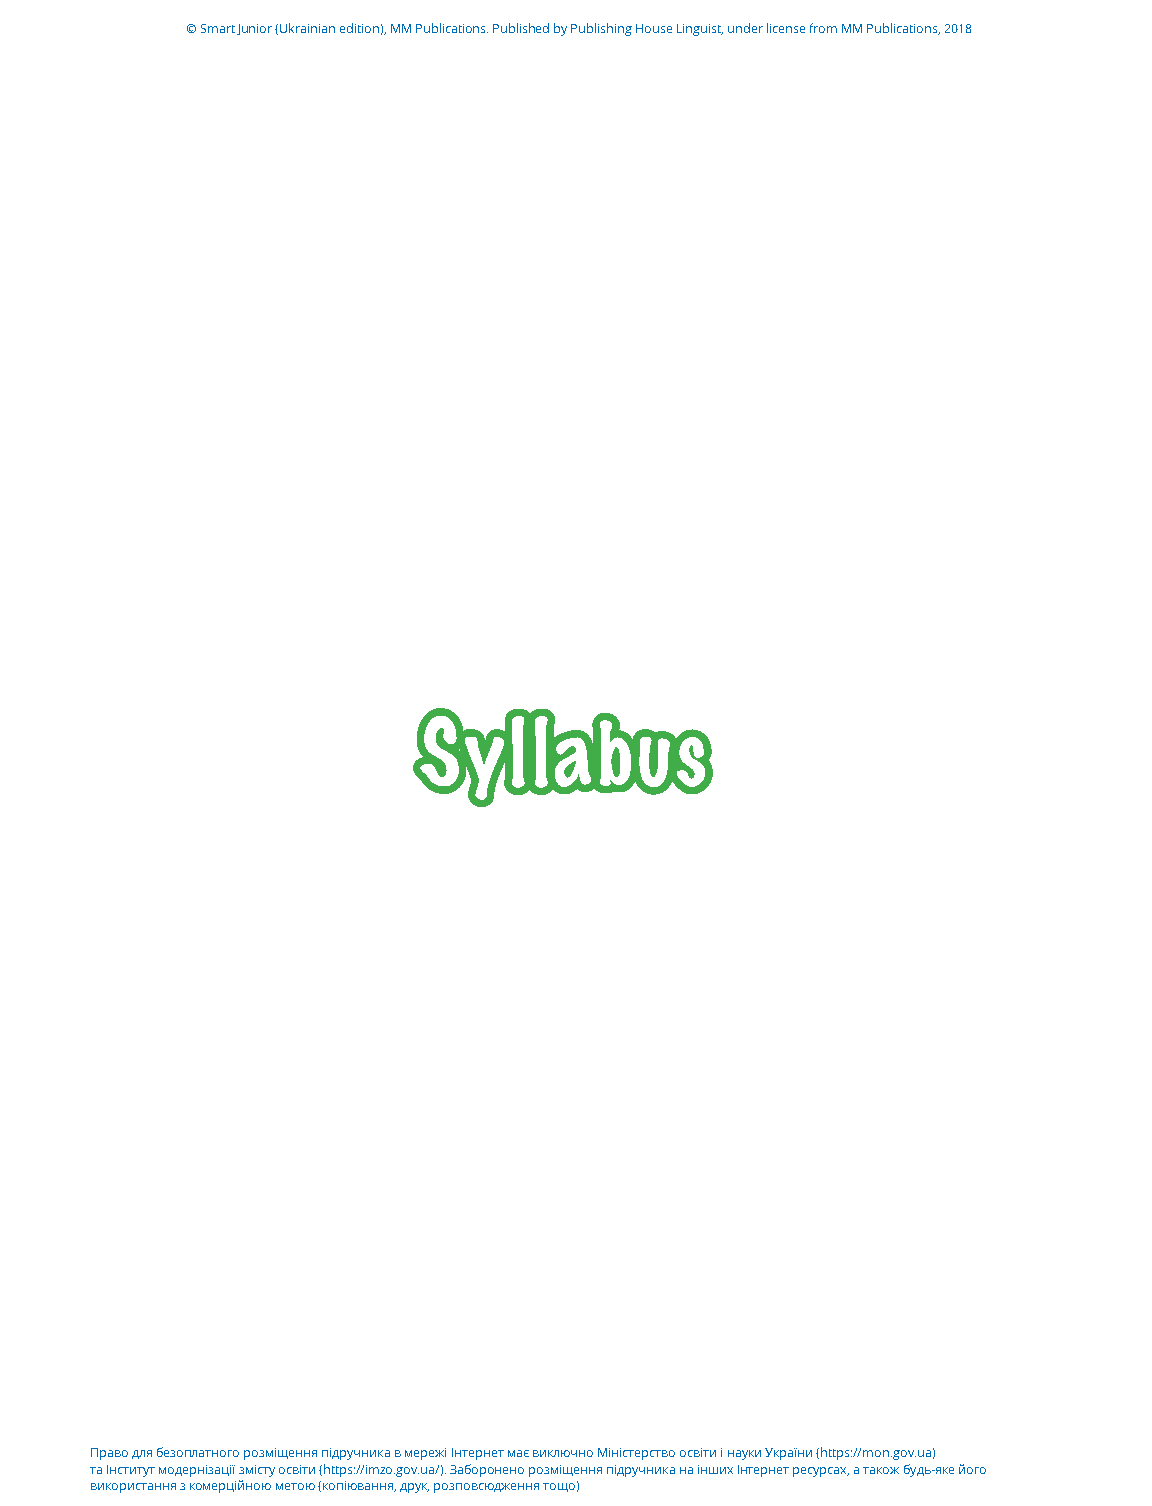
© Smart Junior (Ukrainian edition), MM Publications. Published by Publishing House Linguist, under license from MM Publications, 2018
 Syllabus
 Право для безоплатного розміщення підручника в мережі Інтернет має виключно Міністерство освіти і науки України (https://mon.gov.ua)
 та Інститут модернізації змісту освіти (https://imzo.gov.ua/). Заборонено розміщення підручника на інших Інтернет ресурсах, а також будь-яке його
 використання з комерційною метою (копіювання, друк, розповсюдження тощо)